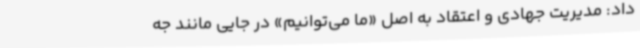
داد: مدیریت جهادی و اعتقاد به اصل «ما می‌توانیم» در جایی مانند جه